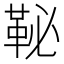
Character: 䩛